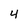
Character: 4